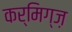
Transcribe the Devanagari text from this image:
कर्मिग्ज़